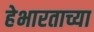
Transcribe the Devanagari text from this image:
हेभारताच्या